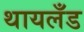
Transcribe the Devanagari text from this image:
थायलँड